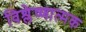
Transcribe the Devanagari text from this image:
विश्लेष्णात्मक